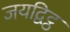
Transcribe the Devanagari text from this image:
जयद्विट्ठ